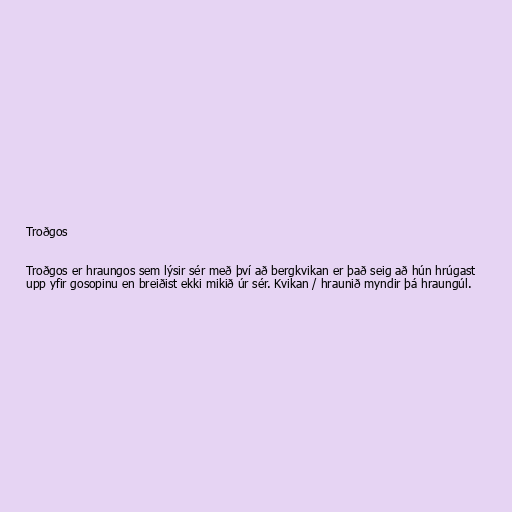
Troðgos

Troðgos er hraungos sem lýsir sér með því að bergkvikan er það seig að hún hrúgast
upp yfir gosopinu en breiðist ekki mikið úr sér. Kvikan / hraunið myndir þá hraungúl.